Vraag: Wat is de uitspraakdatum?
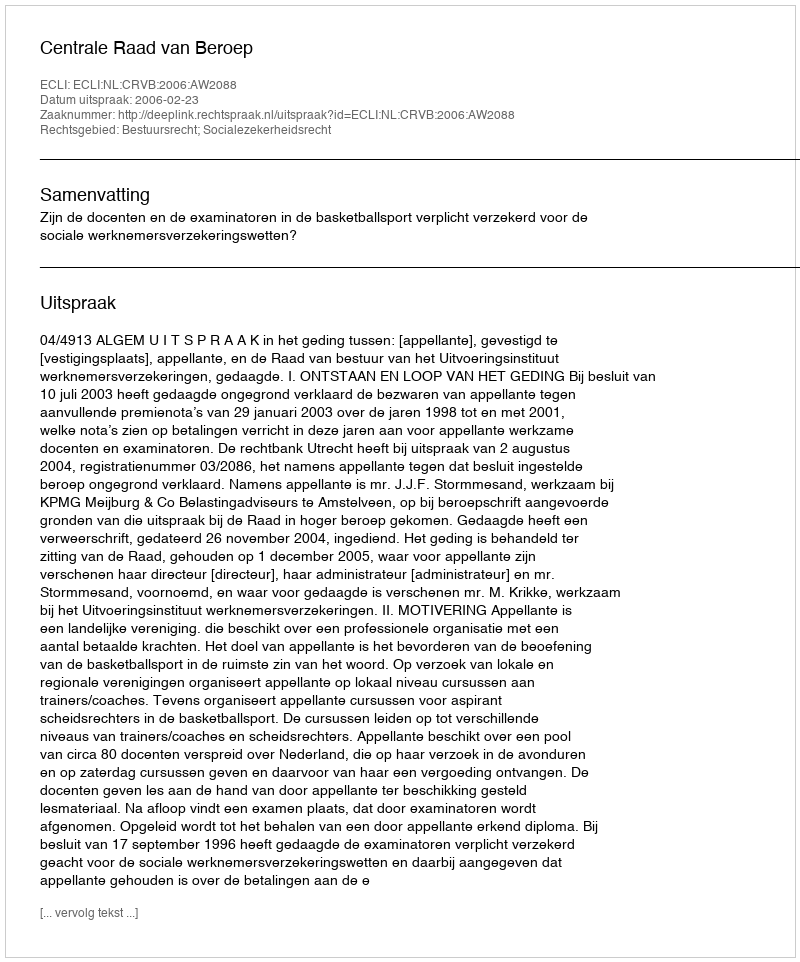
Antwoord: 2006-02-23